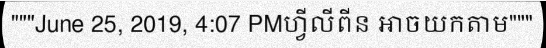
"""June 25, 2019, 4:07 PMហ្វីលីពីន អាចយកតាម"""